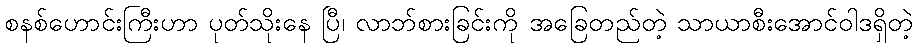
စနစ်ဟောင်းကြီးဟာ ပုတ်သိုးနေ ပြီ၊ လာဘ်စားခြင်းကို အခြေတည်တဲ့ သာယာစီးအောင်ဝါဒရှိတဲ့